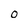
Character: 0